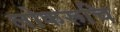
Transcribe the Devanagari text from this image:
लोकरूचि